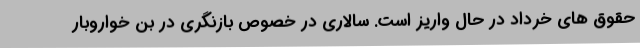
حقوق های خرداد در حال واریز است. سالاری در خصوص بازنگری در بن خواروبار